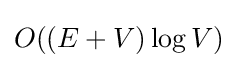
O((E+V)\log {V})